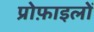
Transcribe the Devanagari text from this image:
प्रोफ़ाइलों